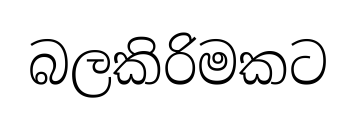
බලකිරිමකට